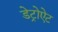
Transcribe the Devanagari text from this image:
डेट्रोऐट